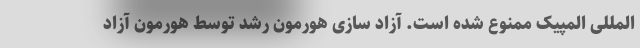
المللی المپیک ممنوع شده است. آزاد سازی هورمون رشد توسط هورمون آزاد